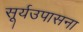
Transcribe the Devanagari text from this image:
सूर्यउपासना